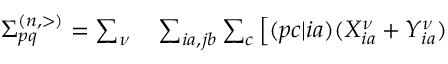
\begin{array} { r l } { \Sigma _ { p q } ^ { ( n , > ) } = \sum _ { \nu } } & { { } \sum _ { i a , j b } \sum _ { c } \left[ ( p c | i a ) ( X _ { i a } ^ { \nu } + Y _ { i a } ^ { \nu } ) \right. } \end{array}